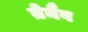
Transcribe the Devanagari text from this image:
तेनैव